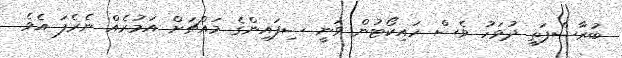
ބުރާސްފަތި ދުވަހު ވެސް ހައިކޯޓުން ވަނީ ސިފައިންގެ މައްޗަށް އަމުރެއް ނެރެފަ އެވެ.